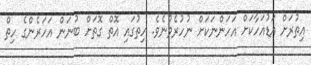
އިތުރަށް އަޑުއަހާކަށް އަހަންނަކަށް ނުހުރެވުނެވެ. ހިތުގައި އޮތް ގޮތަށް ބުނަން އަހަރެންގެ ހިތް